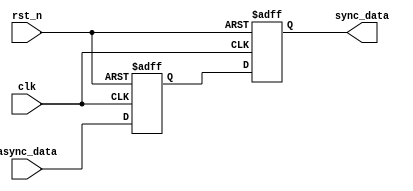
module master_slave_flip_flop_synchronizer (
    input wire clk,          // Clock input
    input wire rst_n,       // Active low reset
    input wire async_data,   // Asynchronous input signal
    output reg sync_data     // Synchronized output signal
);

    reg master_ff;  // Master flip-flop output

    // Master Flip-Flop: latches async_data on the falling edge of clk
    always @(negedge clk or negedge rst_n) begin
        if (!rst_n) begin
            master_ff <= 1'b0; // Reset master FF
        end else begin
            master_ff <= async_data; // Latch async_data
        end
    end

    // Slave Flip-Flop: latches master_ff on the rising edge of clk
    always @(posedge clk or negedge rst_n) begin
        if (!rst_n) begin
            sync_data <= 1'b0; // Reset synchronized output
        end else begin
            sync_data <= master_ff; // Latch master FF output
        end
    end

endmodule